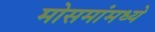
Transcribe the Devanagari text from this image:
मोसमांमध्ये